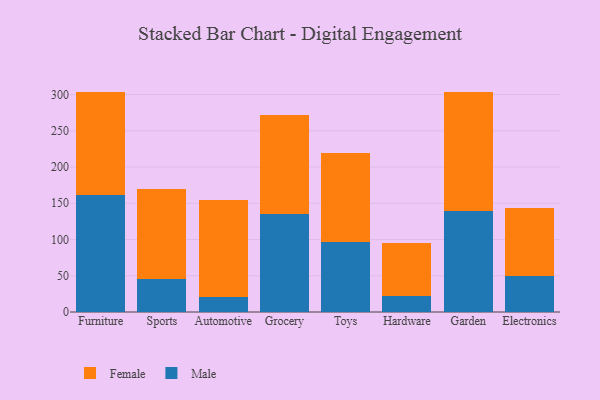
{"axis": {"x": "Category", "y": "Operating Costs (USD K)"}, "legend": ["Female", "Male"], "data": [{"x": "Furniture", "y": 160.8, "type": "Male"}, {"x": "Furniture", "y": 143.3, "type": "Female"}, {"x": "Sports", "y": 45.7, "type": "Male"}, {"x": "Sports", "y": 124.2, "type": "Female"}, {"x": "Automotive", "y": 20.8, "type": "Male"}, {"x": "Automotive", "y": 134.4, "type": "Female"}, {"x": "Grocery", "y": 135.3, "type": "Male"}, {"x": "Grocery", "y": 136.1, "type": "Female"}, {"x": "Toys", "y": 96.1, "type": "Male"}, {"x": "Toys", "y": 122.7, "type": "Female"}, {"x": "Hardware", "y": 22.6, "type": "Male"}, {"x": "Hardware", "y": 72.3, "type": "Female"}, {"x": "Garden", "y": 139.2, "type": "Male"}, {"x": "Garden", "y": 163.7, "type": "Female"}, {"x": "Electronics", "y": 50.3, "type": "Male"}, {"x": "Electronics", "y": 92.7, "type": "Female"}]}